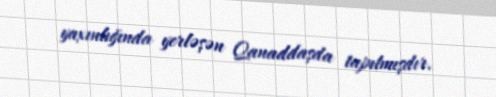
yaxınlığında yerləşən Qanaddaşda tapılmışdır.